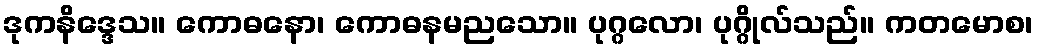
ဒုကနိဒ္ဒေသ။ ကောဓနော၊ ကောဓနမညသော။ ပုဂ္ဂလော၊ ပုဂ္ဂိုလ်သည်။ ကတမောစ၊